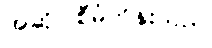
အဆိုပါစီမံကိန်းသည်